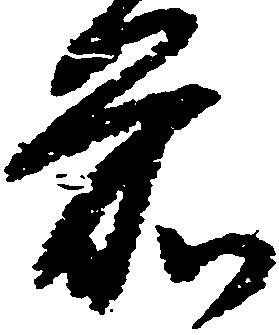
前